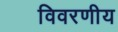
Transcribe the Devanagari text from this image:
विवरणीय